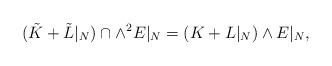
LaTeX: \begin{align*}(\tilde{K}+\tilde{L}|_N)\cap \wedge^2 E|_N = (K + L|_N)\wedge E|_N,\end{align*}